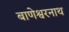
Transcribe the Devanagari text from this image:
बाणेश्वरनाथ